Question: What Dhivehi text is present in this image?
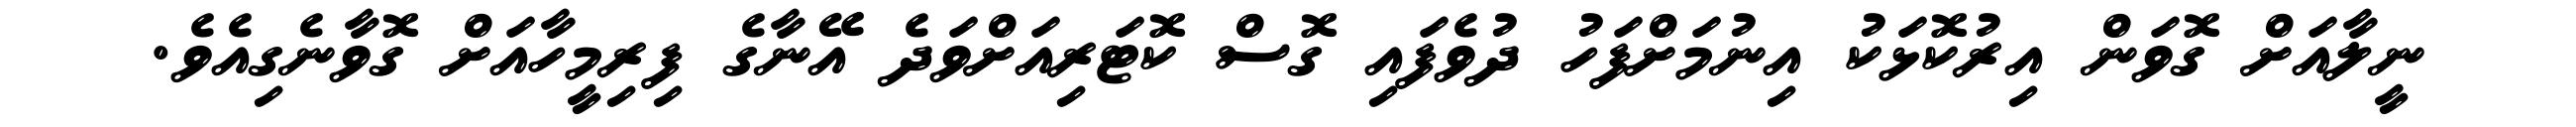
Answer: ނީލާއަށް ގޮވަން އިރުކޮޅަކު އިނުމަށްފަހު ދުވެފައި ގޮސް ކޮޓަރިއަށްވަދެ އޭނާގެ ފިރިމީހާއަށް ގޮވާނެގިއެވެ.